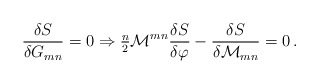
\begin{align*}\frac{\delta S}{\delta G_{mn}} = 0 \Rightarrow{\textstyle\frac{n}{2}} {\cal M}^{mn} \frac{\delta S}{\delta \varphi} - \frac{\delta S}{\delta {\cal M}_{mn}} =0\, .\end{align*}